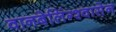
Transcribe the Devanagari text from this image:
वानबेलिंग्श्वासेन